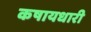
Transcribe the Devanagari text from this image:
कषायधारी